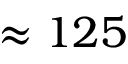
\approx 1 2 5